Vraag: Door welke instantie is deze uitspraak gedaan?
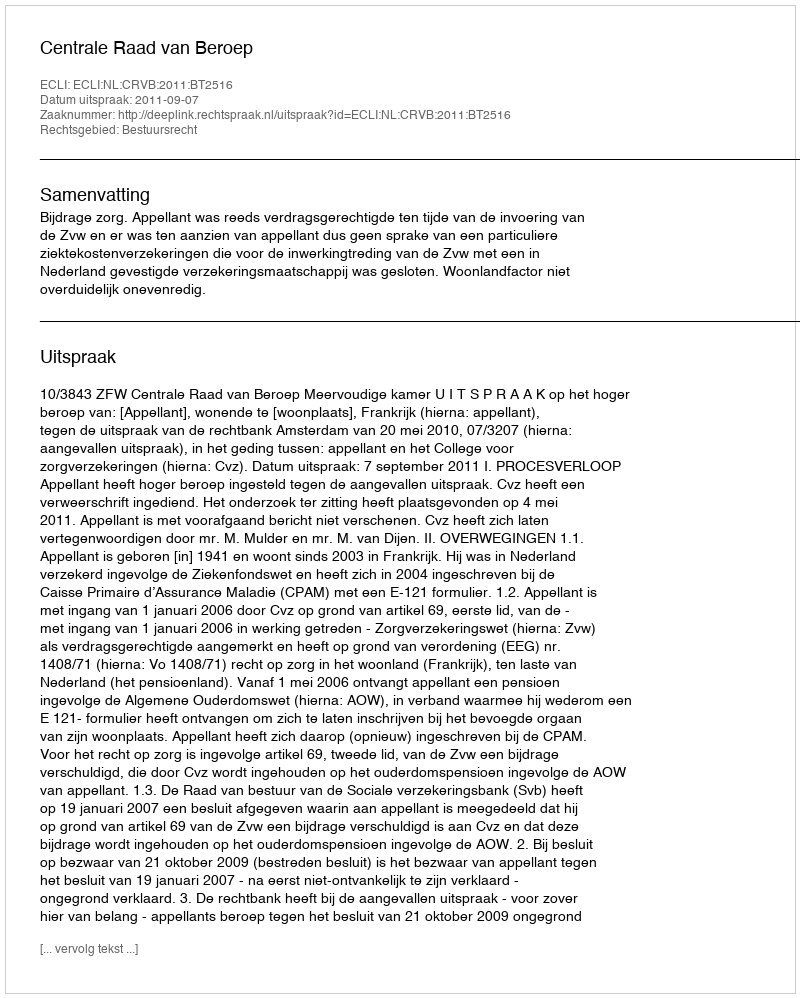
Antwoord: Centrale Raad van Beroep